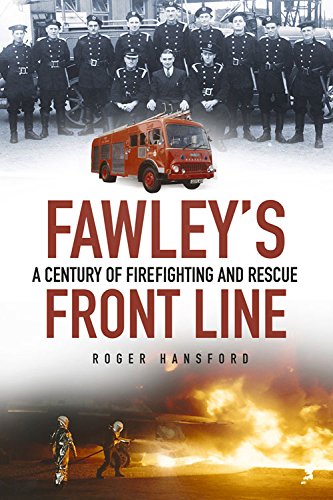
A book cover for Fawley's Front Line: A Century of Fire-fighting and Rescue; Roger Hansford; Business & Money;